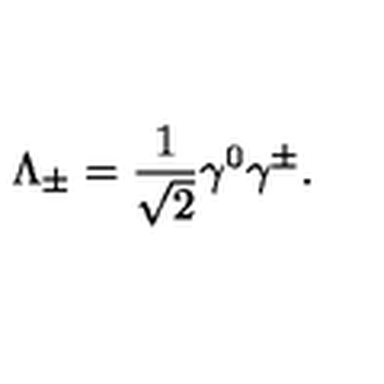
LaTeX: \Lambda _ { \pm } = \frac { 1 } { \sqrt { 2 } } \gamma ^ { 0 } \gamma ^ { \pm } .